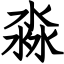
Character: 淼